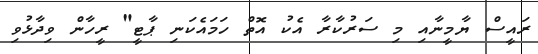
ރައީސް ޔާމީނާއި މި ސަރުކާރާ އެކު އޮތް ހަމައެކަނި ޕާޓީ" ރީހާން ވިދާޅުވި